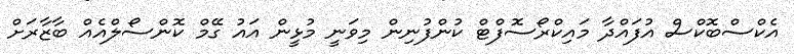
އެކްސްބޮކްސް އުފައްދާ މައިކްރޯސޮފްޓް ކުންފުނިން މިވަނީ މުޅީން އައު ގޭމް ކޮންސޯލްއެއް ބާޒާރަށް